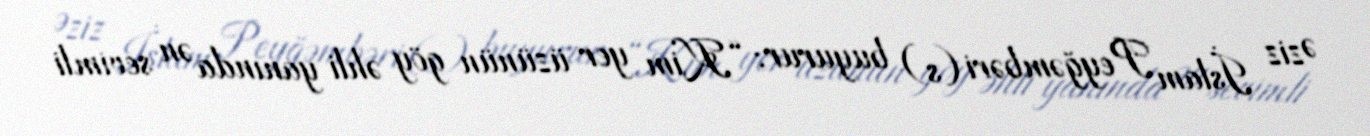
Əziz İslam Peyğəmbəri (s) buyurur: “Kim yer üzünün göy əhli yanında ən sevimli